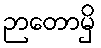
ဉာတောမှိ